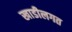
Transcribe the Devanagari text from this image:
खाडीलगत